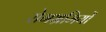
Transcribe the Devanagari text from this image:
रोगभ्रमियों